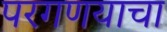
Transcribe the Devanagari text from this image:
परगणयाचा